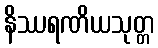
နိဿရဏိယသုတ္တ